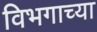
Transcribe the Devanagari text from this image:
विभगाच्या